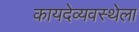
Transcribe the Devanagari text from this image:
कायदेव्यवस्थेला